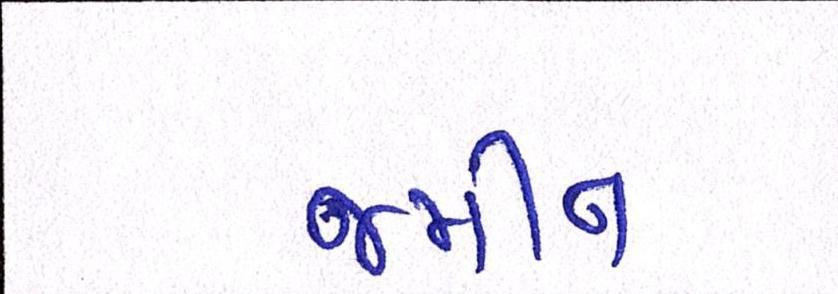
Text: જમીન